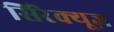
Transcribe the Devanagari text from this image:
सिरेक्यूज़